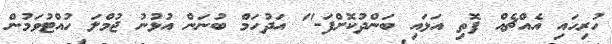
ހުރިހައި އެއްޗެއް ފޮތި އަޅައި ބަންދުކޮށްފަ-" އަދުހަމް ބުނަން އުޅުނު ޖުމްލަ ހުއްޓުވަމުން